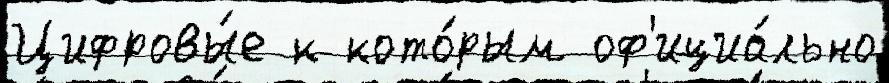
Цифровы́е к кото́рым оф'ициа́льно